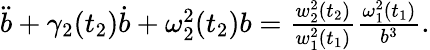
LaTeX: \begin{array}{r}{\ddot{b}+\gamma_{2}(t_{2})\dot{b}+\omega_{2}^{2}(t_{2})b=\frac{w_{2}^{2}(t_{2})}{w_{1}^{2}(t_{1})}\frac{\omega_{1}^{2}(t_{1})}{b^{3}}.}\end{array}